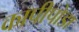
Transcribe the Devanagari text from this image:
कापीपोडा